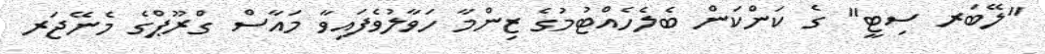
"ލޭބަރ ސިޓީ" ގެ ކަންކަން ބެލެހެއްޓުމުގެ ޒިންމާ ހަވާލުވެފައިވާ މައާސް ގްރޫޕްގެ މެނޭޖަރ